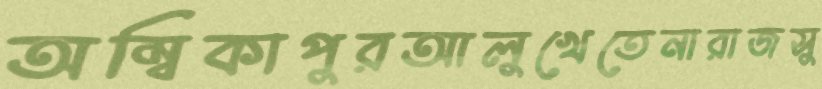
অম্বিকাপুরআলুখেতেনারাজসু